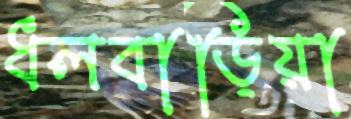
ধলবাড়িয়া